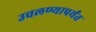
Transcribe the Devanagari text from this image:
उचलण्यापर्यंत